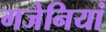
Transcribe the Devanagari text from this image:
गजेनियां